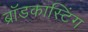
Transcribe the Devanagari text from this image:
ब्राॅडकास्टिंग